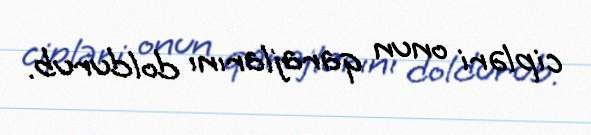
cipləri onun qarajlarını doldurub.